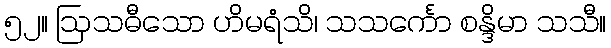
၅၂။ ဩသဓီသော ဟိမရံသိ၊ သသင်္ကော စန္ဒိမာ သသီ။